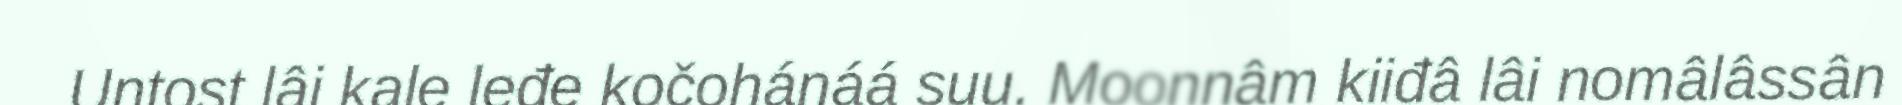
Untost lâi kale leđe kočohánáá suu. Moonnâm kiiđâ lâi nomâlâssân